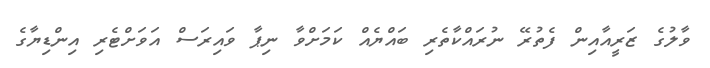
ވާލުގެ ޒަރީއާއިން ފެތުރޭ ނުރައްކާތެރި ބައްޔެއް ކަމަށްވާ ނިޕާ ވައިރަސް އަވަށްޓެރި އިންޑިޔާގެ